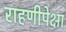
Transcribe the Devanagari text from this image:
राहणीपेक्षा